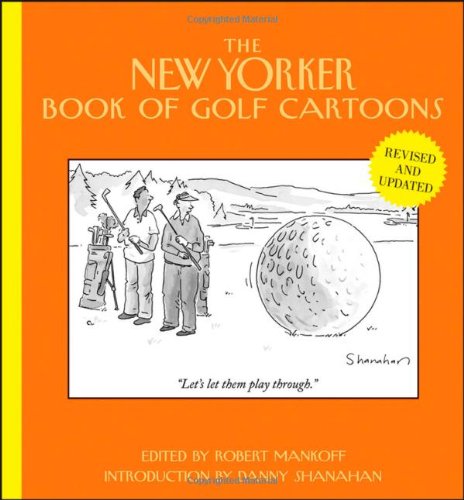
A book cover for The New Yorker Book of Golf Cartoons; Humor & Entertainment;